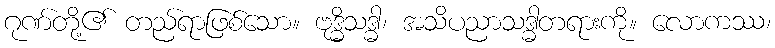
ဂုဏ်တို့၏ တည်ရာဖြစ်သော။ ဗုဒ္ဓိသဒ္ဓါ၊ အသိပညာသဒ္ဓါတရားကို။ လောကဿ၊